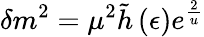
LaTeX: \delta m^{2}=\mu^{2}\tilde{h}\left(\epsilon\right)e^{\frac{2}{u}}